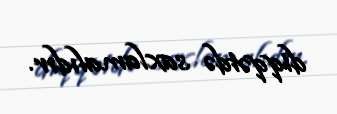
diqqətdə saxlamalıdır.